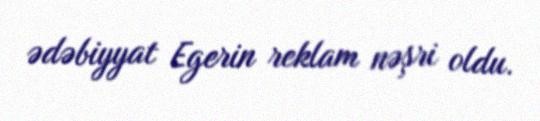
ədəbiyyat Egerin reklam nəşri oldu.